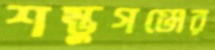
শম্ভুগঞ্জের